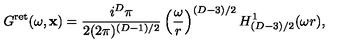
G ^ { \mathrm { r e t } } ( \omega , { \bf x } ) = \frac { i ^ { D } \pi } { 2 ( 2 \pi ) ^ { ( D - 1 ) / 2 } } \left( \frac { \omega } { r } \right) ^ { ( D - 3 ) / 2 } H _ { ( D - 3 ) / 2 } ^ { 1 } ( \omega r ) ,